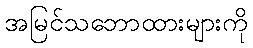
အမြင်သဘောထားများကို